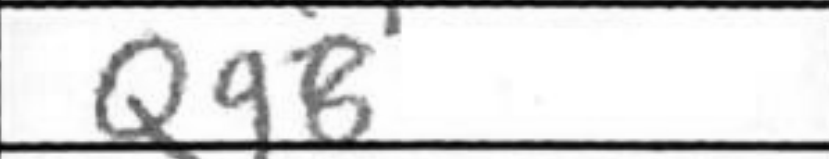
Transcription: Qg8